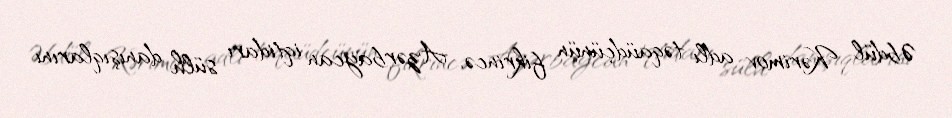
Əbdül Kərimov adlı təqaüdçünün fikrincə, Azərbaycan iqtidarı sülh danışıqlarını